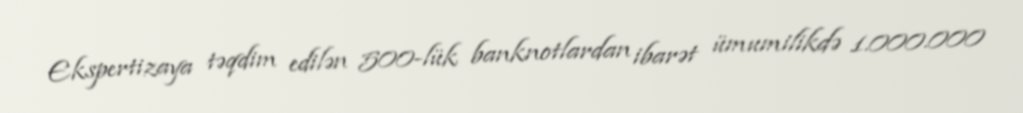
Ekspertizaya təqdim edilən 500-lük banknotlardan ibarət ümumilikdə 1.000.000